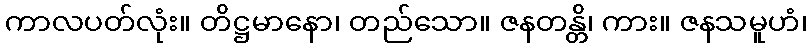
ကာလပတ်လုံး။ တိဋ္ဌမာနော၊ တည်သော။ ဇနတန္တိ၊ ကား။ ဇနသမူဟံ၊